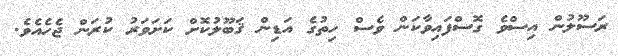
ރަސޫލުން އިސްވެ ގޮސްފައިވާކަން ވެސް ހިތުގެ އަޑިން ޤަބޫލުކޮށް ކަށަވަރު ކުރަން ޖެހެއެވެ.